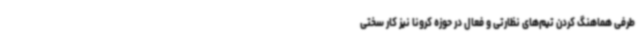
طرفی هماهنگ کردن تیم‌های نظارتی و فعال در حوزه کرونا نیز کار سختی